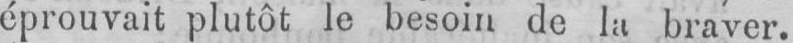
éprouvait plutôt le besoin de la braver.